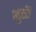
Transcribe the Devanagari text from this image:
भुसी